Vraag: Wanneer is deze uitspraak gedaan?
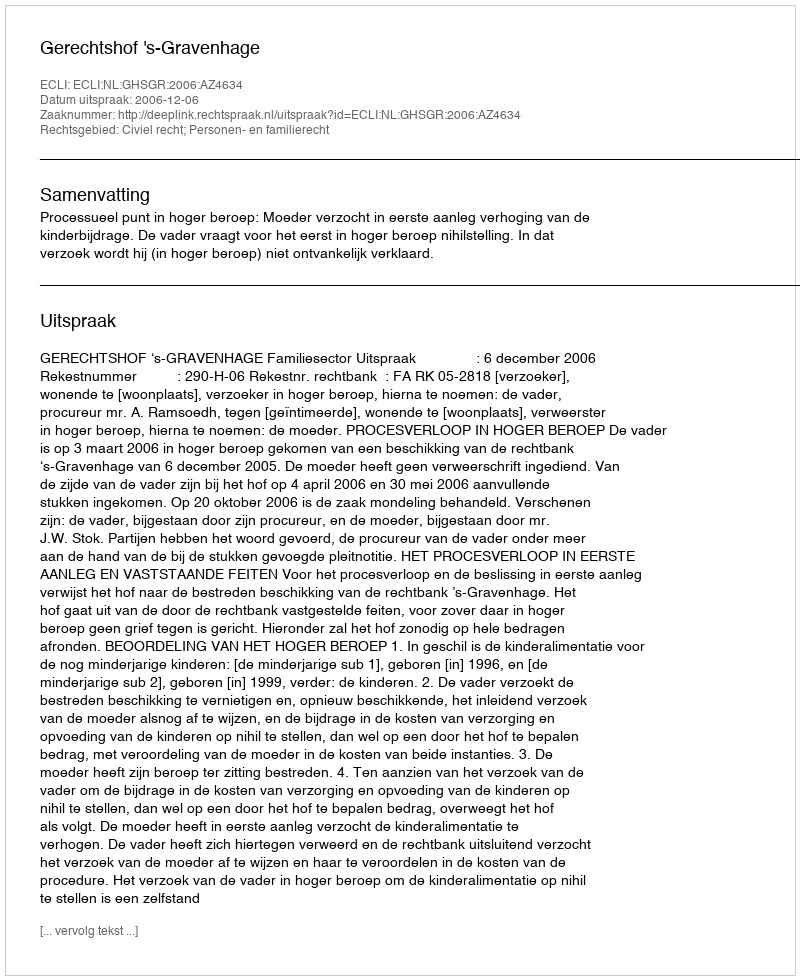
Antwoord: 2006-12-06